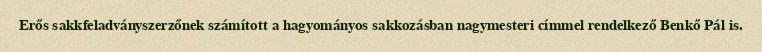
Erős sakkfeladványszerzőnek számított a hagyományos sakkozásban nagymesteri címmel rendelkező Benkő Pál is.